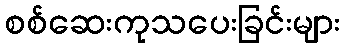
စစ်ဆေးကုသပေးခြင်းများ